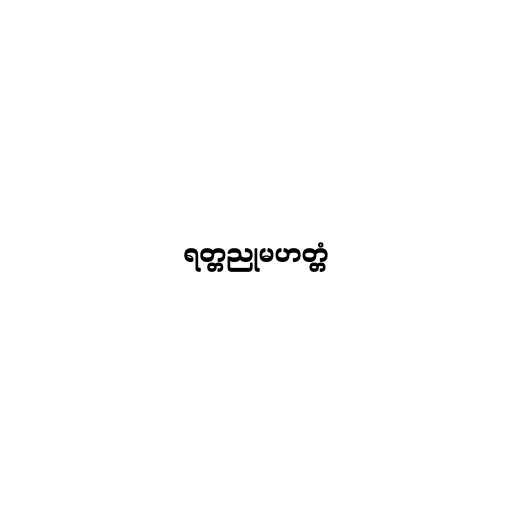
ရတ္တညုမဟတ္တံ